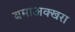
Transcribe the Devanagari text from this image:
बमाअक्खरा